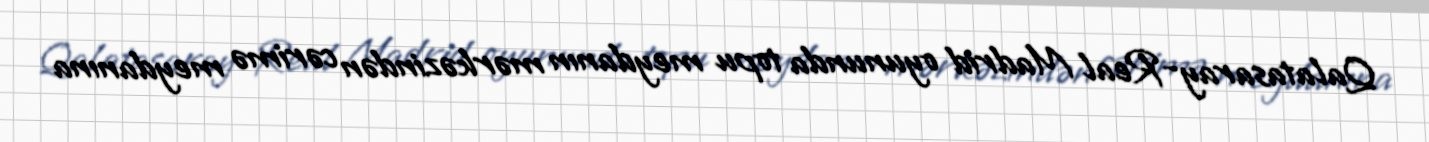
Qalatasaray-Real Madrid oyununda topu meydanın mərkəzindən cərimə meydanına